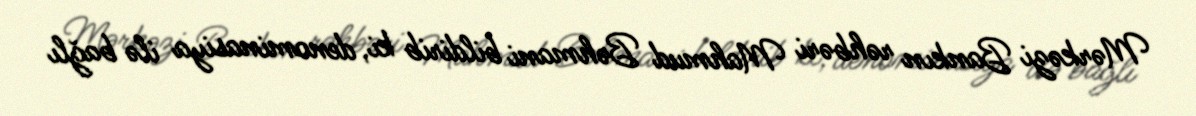
Mərkəzi Bankın rəhbəri Mahmud Bəhmani bildirib ki, denominasiya ilə bağlı